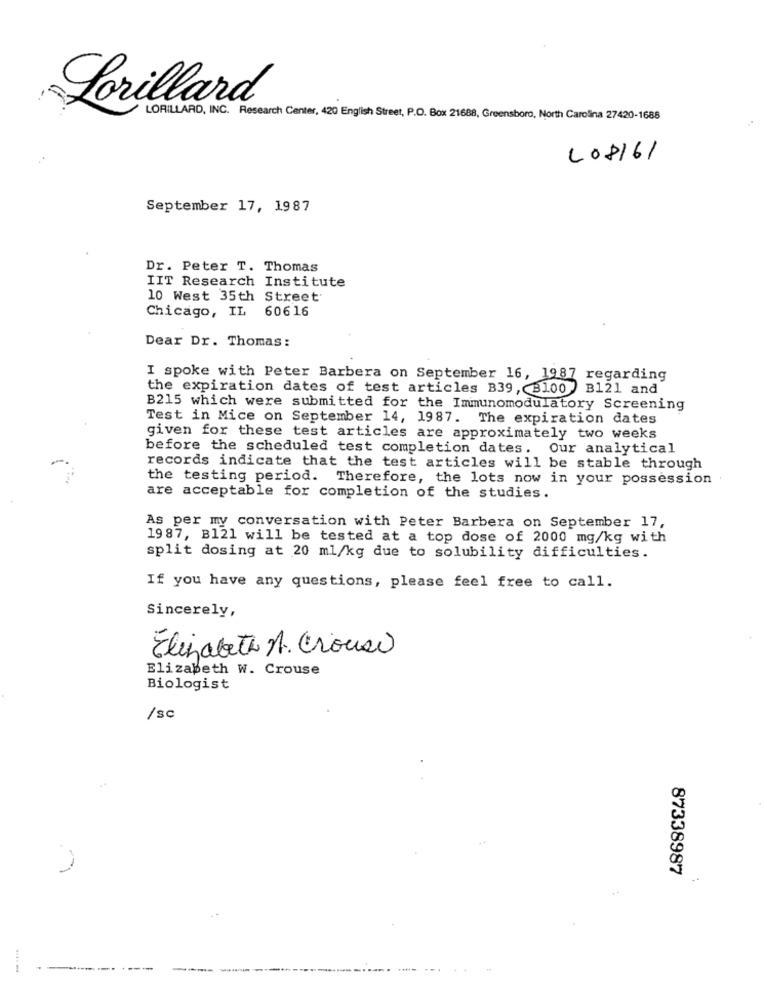
Lorillard
LORILLARD, INC. Research Center, 420 English Street, P.O. Box 21688, Greensboro, North Carolina 27420-1688
LO8161
September 17, 1987
Dr. Peter T. Thomas
IIT Research Institute
10 West 35th Street
Chicago, IL 60616
Dear Dr. Thomas:
I spoke with Peter Barbera on September 16, 1987 regarding
the expiration dates of test articles B39, 3100 ) B121 and
B215 which were submitted for the Immunomodulatory Screening
Test in Mice on September 14, 1987. The expiration dates
given for these test articles are approximately two weeks
before the scheduled test completion dates. Our analytical
records indicate that the test articles will be stable through
the testing period. Therefore, the lots now in your possession
are acceptable for completion of the studies.
As per my conversation with Peter Barbera on September 17,
19 87, B121 will be tested at a top dose of 2000 mg/kg with
split dosing at 20 ml/kg due to solubility difficulties.
If you have any questions, please feel free to call.
Sincerely,
Elizabeth M. Crouse
Elizabeth W. Crouse
Biologist
/sc
87338987